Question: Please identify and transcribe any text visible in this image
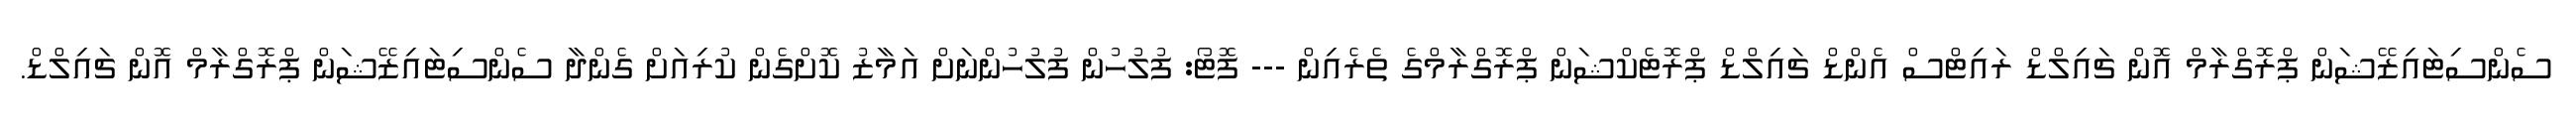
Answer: ސެންސިޓައިޒޭޝަން ޕްރޮގްރާމް އޮން ޗައިލްޑް ރައިޓްސް އެންޑް ޗައިލްޑް ޕްރޮޓެކްޝަން ޕްރޮގްރާމްގެ ތެރެއިން --- ފޮޓޯ: ފުލުހުން ފުލުހުންނަށް އަމާޒު ކޮށްގެން ކުރިއަށް ގެންދާ ސެންސިޓައިޒޭޝަން ޕްރޮގްރާމް އޮން ޗައިލްޑް.